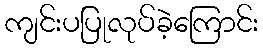
ကျင်းပပြုလုပ်ခဲ့ကြောင်း